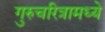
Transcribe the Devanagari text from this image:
गुरुचरित्रामध्ये